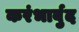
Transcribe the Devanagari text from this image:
करंभार्बुद